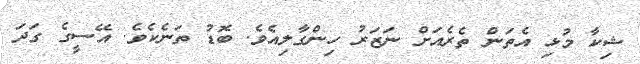
ޝިކާ މުޅި އެތަން ތެރެއަށް ނަޒަރު ހިންގާލިއެވެ. ބޮޑު ތަނެކެވެ. އޭސީގެ ގަދަ